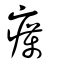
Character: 癘